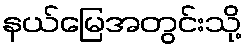
နယ်မြေအတွင်းသို့